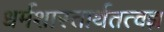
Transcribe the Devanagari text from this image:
धर्मशास्तार्थतत्वज्ञ